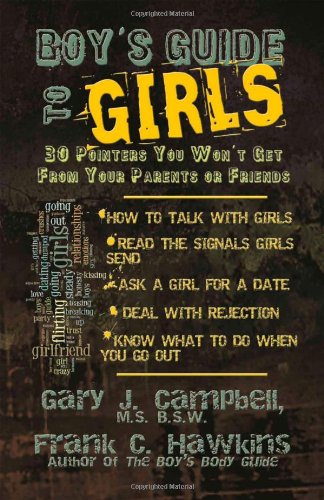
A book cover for Boy's Guide to Girls: 30 Pointers You Won't Get From Your Parents or Friends; Gary J. Campbell MS  BSW; Teen & Young Adult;